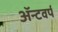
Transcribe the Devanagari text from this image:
ॲन्टवर्प